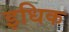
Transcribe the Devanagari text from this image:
इधिक